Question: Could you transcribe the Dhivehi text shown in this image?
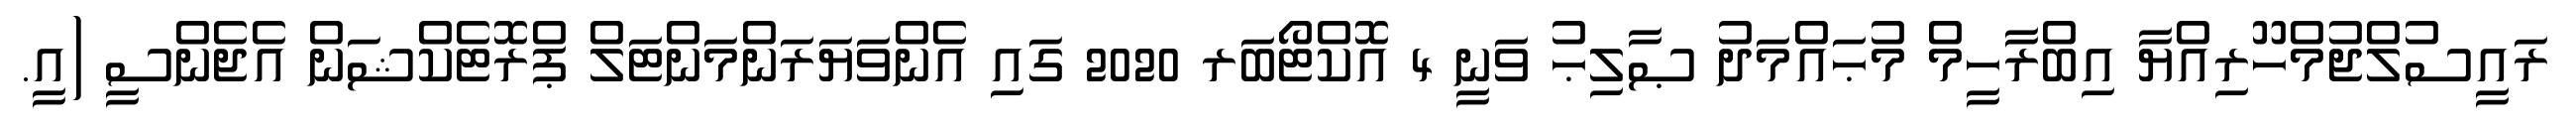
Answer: ރައީސުލްޖުމްހޫރިއްޔާ އިބްރާހީމް މުޙައްމަދު ޞާލިޙު ވަނީ 4 އޮކްޓޯބަރ 2020 ގައި އެންވަޔަރަންމަންޓަލް ޕްރޮޓެކްޝަން އެޖެންސީ (އީ.